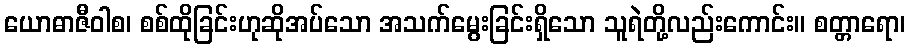
ယောဓာဇီဝါစ၊ စစ်ထိုခြင်းဟုဆိုအပ်သော အသက်မွေးခြင်းရှိသော သူရဲတို့လည်းကောင်း။ စတ္တာရော၊